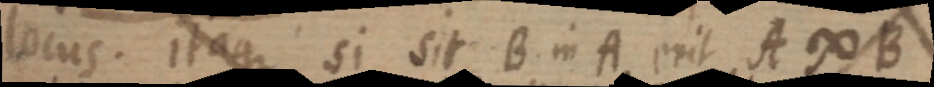
locus. itaque si sit B in A erit A ∞ B